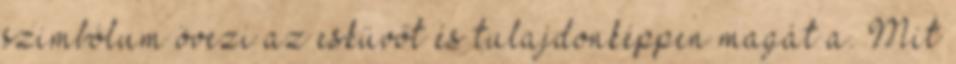
szimbólum övezi az esküvőt és tulajdonképpen magát a. Mit